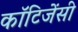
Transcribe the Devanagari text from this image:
कॉटिजेंसी